Annual statistical returns and brief notes on vaccination in Bengal - 1909-1929
Year: 1909
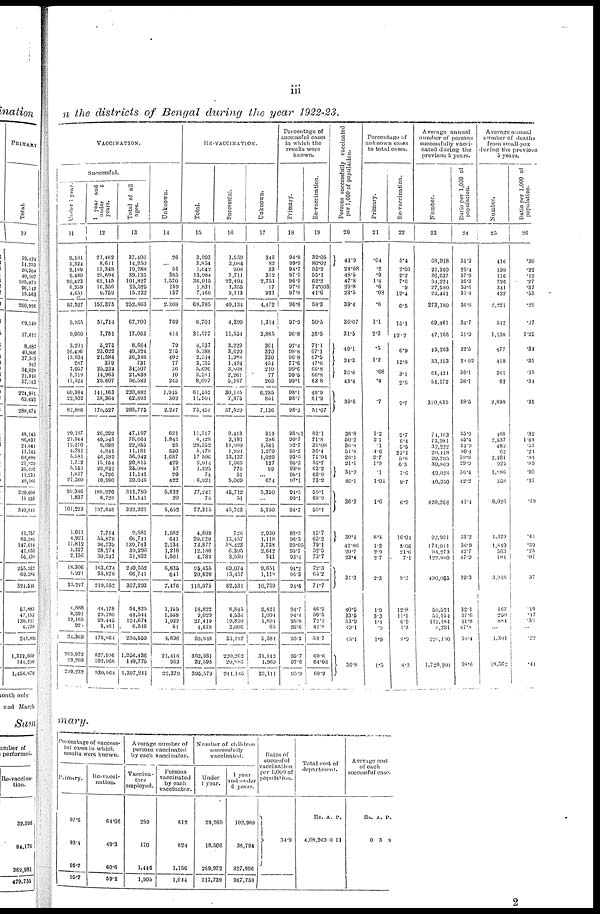
iii
n the districts of Bengal during the year 1922-23.
VACCINATION.
Successful.
Under 1 year.
11
9,101
5,324
2,189
9,480
20,423
6,359
4,651
57,527
9,935
9,060
3,201
16,496
13,604
287
7,057
5,719
17,524
60,384
22,502
82,886
20,187
21,944
12,270
4,781
5,581
1,712
5,551
1,837
27,360
99,386
1,837
101,223
1,011
4,921
11,812
3,327
2,156
18,306
4,921
23,227
4,888
9,391
19,165
920
34,369
269,972
29,260
299,232
1 year and
under
6
years.
12
21,462
8,611
13,348
25,694
62,145
10,356
9,759
157,375
51,714
7,751
5,275
23,022
21,584
379
25,232
14,963
29,607
141,163
38,364
179,527
26,292
49,545
8,898
4,841
46,589
15,154
26,621
8,726
10,980
188,920
8,726
197,646
7,714
55,878
96,739
28,274
30,947
163,674
55,878
219,552
44,178
29,780
99,445
3,461
176,864
827,906
102,968
930,964
Total of all
ages.
13
37,406
14,250
19,288
39,135
101,827
25,525
15,232
252,663
67,700
17,063
8,664
40,324
36,366
731
34,507
21,838
56,582
220,882
62,893
283,775
47,187
78,664
22,855
11,181
56,942
20,815
35,088
11,141
39,048
311,780
11,141
322,921
9,681
66,741
139,743
39,296
51,832
240,552
66,741
307,293
54,825
44,544
121,674
6,516
230,559
1,256,436
140,775
1,397,211
Unknown.
14
26
... 51
365
1,570
150
137
2,308
760
414
79
215
402
77
36
10
245
1,945
302
2,247
621
1,841
25
550
1,687
429
57
20
422
5,632
20
5,652
1,982
641
2,134
1,218
1,501
6,835
641
7,476
1,155
1,558
1,922
61
4,696
21,416
963
22,379
RE-VACCINATION.
Total.
15
3,993
3,854
1,642
13,984
36,015
1,831
7,466
68,785
8,701
31,577
4,537
5,388
2,944
3,135
5,696
3,381
8,097
61,552
11,904
73,456
11,317
4,128
28,352
5,478
17,506
2,014
1,225
74
6,921
77,241
74
77,315
4,609
20,620
73,877
12,180
4,789
95,455
20,620
116,075
18,822
9,029
27,419
4,678
59,948
362,981
32,598
395,579
Successful.
16
1,559
3,084
908
7,711
22,404
1,356
3,113
40,134
4,399
11,554
3,229
3,620
1,988
1,494
3,808
2,261
5,167
30,145
7,375
37,520
9,413
3,181
11,080
1,994
13,137
1,063
775
51
5,069
45,712
51
45,763
726
13,457
58,423
6,395
3,530
60,074
13,457
82,531
8,845
4,536
19,810
2,006
35,197
220,262
20,883
341,145
Unknown.
17
346
82
33
312
2,751
17
931
4,472
1,314
3,865
361
320
330
454
210
77
205
6,285
851
7,136
313
286
1,561
1,270
1,020
127
99
... 674
5,350
...
5,350
2,930
1,118
3,738
2,642
341
9,651
1,118
10,769
2,421
1,004
1,894
65
5,381
31,142
1,969
33,111
Percentage of
successful cases
in which the
results were
known.
Primary.
18
94.8
99.9
94.7
97.5
96.9
97.6
97.8
96.8
97.9
96.8
97.4
98.8
96.8
77.6
99.6
99.5
90.1
98.1
98.7
98.3
98.01
90.7
92.7
95.2
93.5
95.3
98.8
99.1
97.1
94.5
90.1
94.7
82.3
96.3
95.05
95.7
93.4
94.2
96.3
94.6
94.7
94.4
95.8
96.6
95.3
95.7
97.6
95.9
Re-vaccination.
19
39.05
80.02
55.2
55.1
62.2
74.003
41.6
58.3
50.5
36.5
71.1
67.1
67.5
47.6
66.8
66.8
63.8
48.9
61.9
51.07
83.1
71.8
39.08
36.4
75.01
52.7
63.2
68.9
73.2
59.1
68.9
59.1
15.7
65.2
79.1
52.5
73.7
72.3
65.2
71.7
46.9
50.5
72.2
42.8
58.7
60.6
64.06
60.9
Persons successfully vaccinated
per 1,000 of population.
20
41.9
24.08
48.5
47.8
29.8
23.5
39.4
36.07
31.5
40.1
34.3
36.6
43.4
39.8
38.8
50.2
36.8
51.8
28.1
21.1
34.9
46.1
36.3
30.4
42.06
20.7
23.4
31.3
40.5
33.5
53.9
49.1
45.1
36.8
Percentage of
unknown cases
to total cases.
Primary.
21
.04
.2
.9
1.4
.6
.08
.8
1.1
2.3
.5
1.2
.08
.4
.7
1.2
2.1
.1
4.6
2.7
1.9
.1
1.04
1.6
8.4
1.3
2.9
2.7
2.3
1.9
3.3
1.4
.9
1.9
1.5
Re-vaccination.
22
5.4
2.01
2.2
7.6
.9
12.4
6.5
15.1
12.2
6.9
12.8
3.1
2.5
9.7
2.7
6.4
5.5
23.1
5.8
6.3
7.6
9.7
6.9
16.04
5.06
21.0
7.1
9.2
12.8
11.1
6.9
1.3
8.9
8.3
Average annual
number of persons
successfully vacci-
nated during the
previous 5 years.
Number.
23
68,918
21,360
36,637
94,224
27,580
24,461
273,180
69,461
47,166
45,263
33,153
61,421
54,172
310,639
74,103
73,981
32,222
20,448
99,205
30,869
49,028
40,350
420,266
92,901
174,011
94,273
122,880
490,065
50,521
55,154
112,184
8,291
226,150
1,720,301
Ratio per 1,000 of
population.
24
51.3
25.4
37.9
36.3
30.6
31.4
36.8
34.7
51.9
32.5
28.02
36.1
38.1
38.5
55.9
45.4
34.9
80.4
39.8
29.9
36.4
42.2
41.4
33.2
36.9
42.7
47.9
39.3
32.1
37.6
41.8
47.8
38.4
38.6,
Average annual
number of deaths
from small-pox
during the previous
5 years.
Number.
25
416
190
116
726
341
432
2,221
542
1,138
477
418
261
62
2,898
168
2,337
489
62
2,101
925
l,286
358
8,026
1,329
1,840
563
181
3,916
167
250
884
...
1,301
18,362
Ratio per 1,000 of
population.
26
.30
.22
.12
.27
.37
.55
.29
.27
1.25
.34
.35
.15
.34
.35
.32
1.43
.53
.24
.84
.89
.95
.37
.79
.41
.39
.25
.07
.37
.10
.17
.31
...
.
22
.41
mary.
Percentage of success-
ful cases in which
results were known.
Primary.
97.6
93.4
95.7
95.7
Re-vacci-
nation.
64.06
49.3
60.6
59.1
Average number of
persons vaccinated
by each vaccinator.
Vaccina-
tors
employed.
289
170
1,446
1,905
Persons
vaccinated
by each
vaccinator.
612
824
1,156
1,044
Number of children
successfully
vaccinated.
Under
1 year.
29,260
18,506
260,972
317,738
1 year
and under
6 years.
102,968
36,794
827,996
967,758
Rates of
succesful
vaccination
per 1,000 of
population.
34.9
Total cost of
department.
Rs.
4,08,269
A.
0
P.
11
Average cost
of each
successful case.
Rs.
0
A.
3
P.
9
2